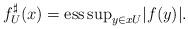
LaTeX: \begin{align*}f_{U}^{\sharp}(x)=\mathrm{ess\,sup}_{y\in xU}|f(y)|.\end{align*}